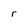
Character: r